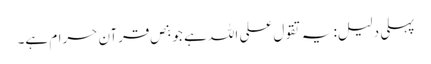
پہلی دلیل: یہ تقول علی اللہ ہے جو بنص قرآن حرام ہے۔